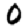
Digit: 0